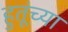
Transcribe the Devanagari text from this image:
हुतूंच्‍या